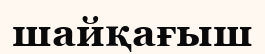
шайқағыш